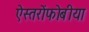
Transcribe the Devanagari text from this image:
ऐस्तरोंफोबीया